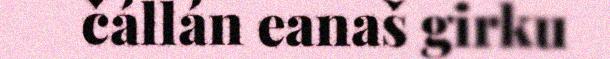
čállán eanaš girku